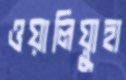
ওয়ালিয়্যুহা